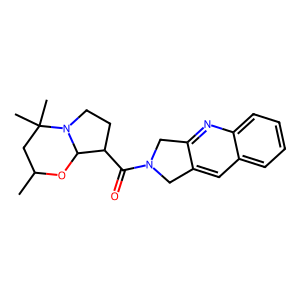
SMILES: CC1CC(C)(C)N2CCC(C(=O)N3Cc4cc5ccccc5nc4C3)C2O1
Inhibits HIV replication: No